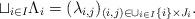
LaTeX: \begin{align*}\sqcup_{i\in I} \Lambda_i=(\lambda_{i,j})_{(i,j)\in \cup_{i\in I} \{i\} \times J_i }.\end{align*}